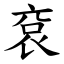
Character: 袞